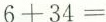
$$6 + 3 0 = $$